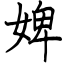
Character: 婢